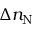
\Delta n _ { \mathrm { N } }